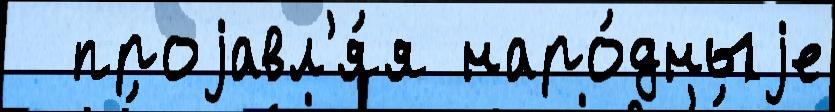
  проjавл'я́я наро́дныjе